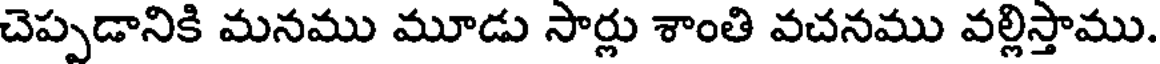
చెప్పడానికి మనము మూడు సార్లు శాంతి వచనము వల్లిస్తాము